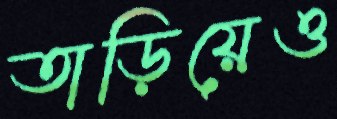
তাড়িয়েও